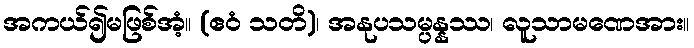
အကယ်၍မဖြစ်အံ့။ (ဧဝံ သတိ)၊ အနုပသမ္ပန္နဿ၊ လူသာမဏေအား။